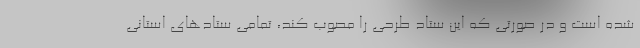
شده است و در صورتی که این ستاد طرحی را مصوب کند، تمامی ستادهای استانی